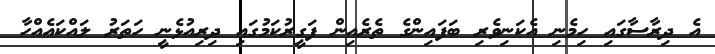
އެ ދިރާސާގައި ހިމެނި އެކަނިވެރި ބަފައިންގެ ތެރެއިން ފަގީރުކަމުގައި ދިރިއުޅެނީ ހަތަރު ލައްކައެއްހާ